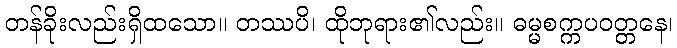
တန်ခိုးလည်းရှိထသော။ တဿပိ၊ ထိုဘုရား၏လည်း။ ဓမ္မစက္ကပဝတ္တနေ၊